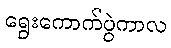
ရွေးကောက်ပွဲကာလ